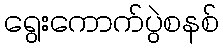
ရွေးကောက်ပွဲစနစ်